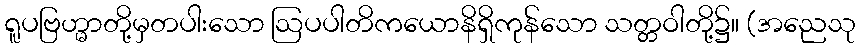
ရူပဗြဟ္မာတို့မှတပါးသော ဩပပါတိကယောနိရှိကုန်သော သတ္တဝါတို့၌။ (အညေသု